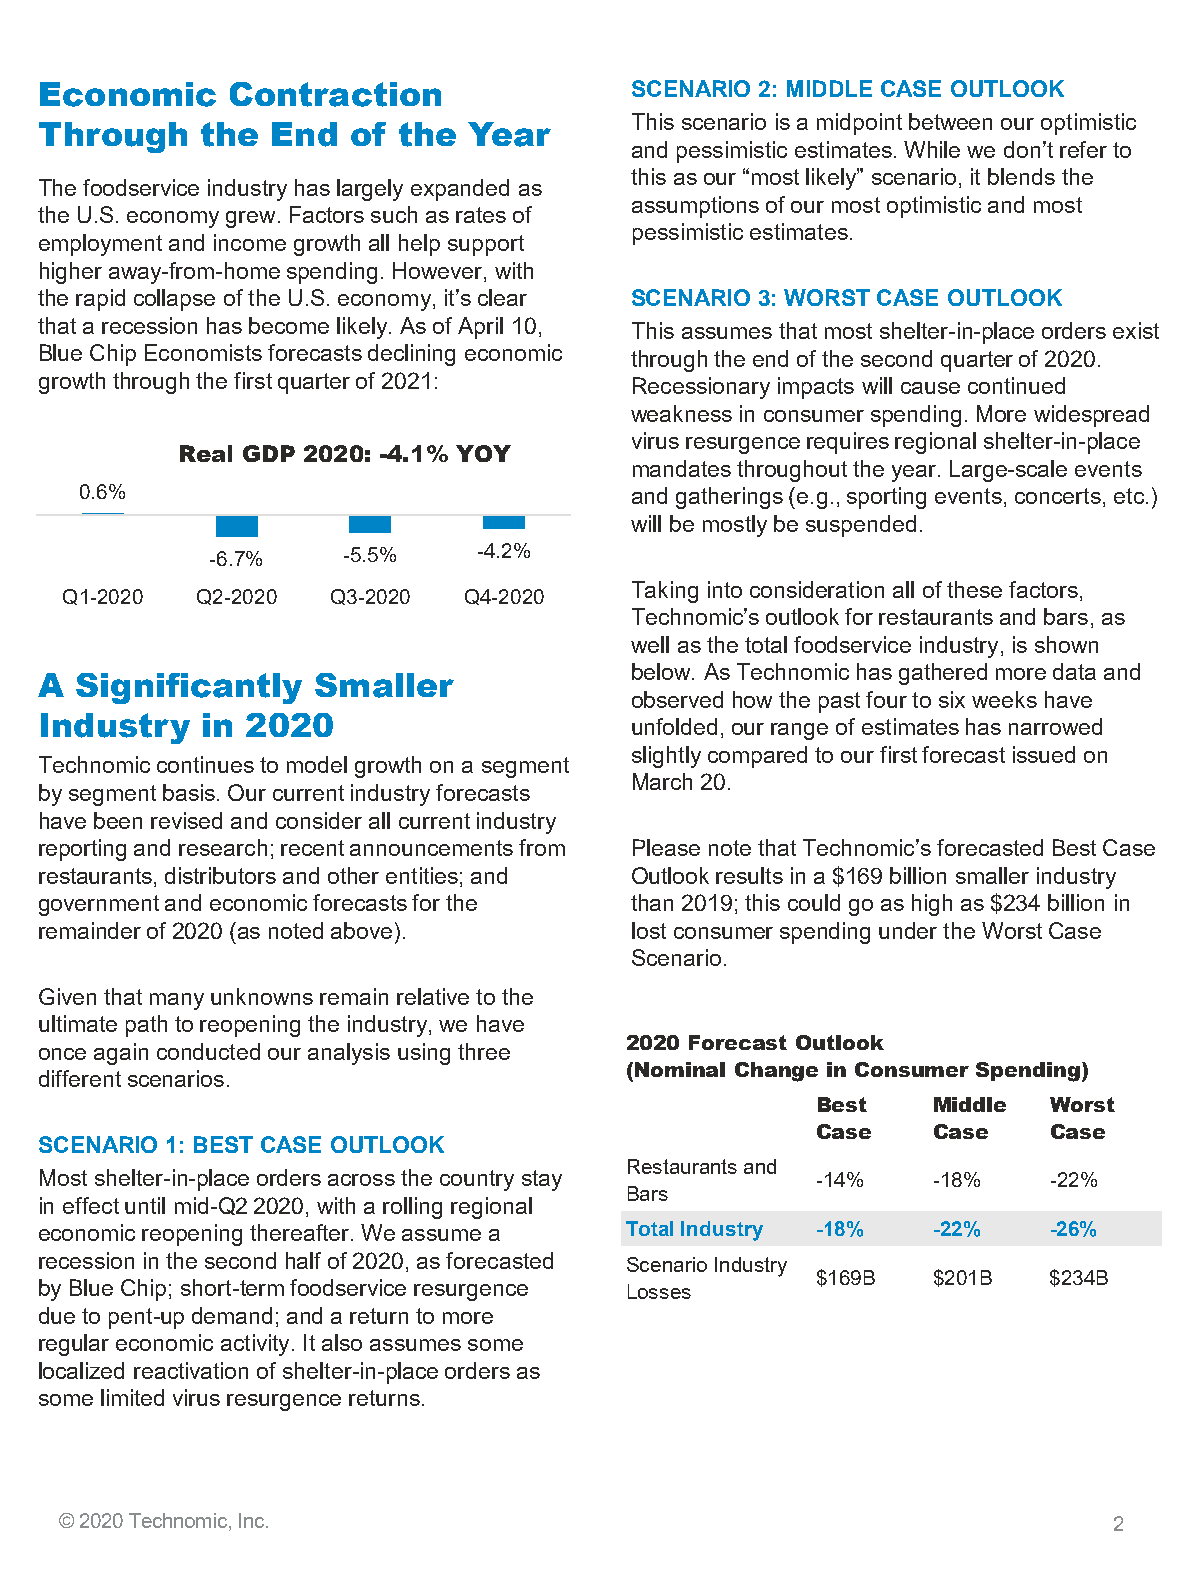
Economic    Contraction                SCENARIO 2: MIDDLE CASE OUTLOOK
 This scenario is a midpoint between our optimistic
 Through   the  End  of the  Year
 and pessimistic estimates. While we don’t refer to
 this as our “most likely” scenario, it blends the
 The foodservice industry has largely expanded as
 assumptions of our most optimistic and most
 the U.S. economy grew. Factors such as rates of
 pessimistic estimates.
 employment and income growth all help support
 higher away-from-home spending. However, with
 the rapid collapse of the U.S. economy, it’s clear SCENARIO 3: WORST CASE OUTLOOK
 that a recession has become likely. As of April 10, This assumes that most shelter-in-place orders exist
 Blue Chip Economists forecasts declining economic through the end of the second quarter of 2020.
 growth through the first quarter of 2021: Recessionary impacts will cause continued
 weakness in consumer spending. More widespread
 virus resurgence requires regional shelter-in-place
 Real GDP 2020: -4.1% YOY
 mandates throughout the year. Large-scale events
 0.6%                                 and gatherings (e.g., sporting events, concerts, etc.)
 will be mostly be suspended.
 -6.7%    -5.5%    -4.2%
 Taking into consideration all ofthese factors,
 Q1-2020  Q2-2020  Q3-2020  Q4-2020
 Technomic’s outlook for restaurants and bars, as
 well as the total foodservice industry, is shown
 below. As Technomic has gathered more data and
 A Significantly   Smaller
 observed how the past four to six weeks have
 Industry  in 2020                      unfolded, our range of estimates has narrowed
 slightly compared to our first forecast issued on
 Technomic continues to model growth on a segment
 March 20.
 by segment basis. Our current industry forecasts
 have been revised and consider all current industry
 reporting and research; recent announcements from Please note that Technomic’s forecasted Best Case
 restaurants, distributors and other entities; and Outlook results in a $169 billion smaller industry
 government and economic forecasts for the than 2019; this could go as high as $234 billion in
 remainder of 2020 (as noted above).    lost consumer spending under the Worst Case
 Scenario.
 Given that many unknowns remain relative to the
 ultimate path to reopening the industry, we have
 2020 Forecast Outlook
 once again conducted our analysis using three
 (Nominal Change in Consumer Spending)
 different scenarios.
 Best    Middle Worst
 Case    Case   Case
 SCENARIO 1: BEST CASE OUTLOOK
 Restaurants and
 Most shelter-in-place orders across the country stay -14%  -18%   -22%
 Bars
 in effect until mid-Q2 2020, with a rolling regional
 economic reopening thereafter. We assume a Total Industry -18% -22% -26%
 recession in the second half of 2020, as forecasted Scenario Industry
 $169B   $201B  $234B
 by Blue Chip; short-term foodservice resurgence Losses
 due to pent-up demand; and a return to more
 regular economic activity. It also assumes some
 localized reactivation of shelter-in-place orders as
 some limited virus resurgence returns.
 © 2020 Technomic, Inc.                                                2